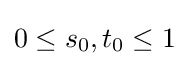
0\leq s_{0},t_{0}\leq 1